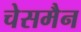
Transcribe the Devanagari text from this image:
चेसमैन